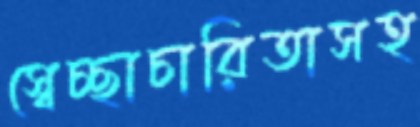
স্বেচ্ছাচারিতাসহ